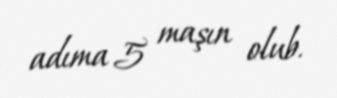
adıma 5 maşın olub.